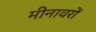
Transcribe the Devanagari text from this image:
मीनावरों